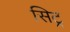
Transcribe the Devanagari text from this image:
सिट्र